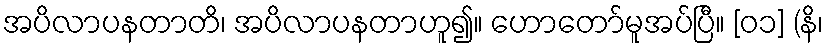
အပိလာပနတာတိ၊ အပိလာပနတာဟူ၍။ ဟောတော်မူအပ်ပြီ။ [၀၁] (နိ၊